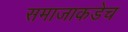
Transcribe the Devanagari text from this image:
समाजाकडेच